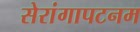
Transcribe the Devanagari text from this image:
सेरांगापटनम